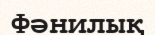
Фәнилық